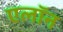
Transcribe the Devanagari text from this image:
एलॉन